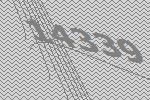
14339